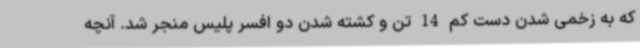
که به زخمی شدن دست کم 14 تن و کشته شدن دو افسر پلیس منجر شد. آنچه